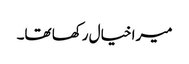
میرا خیال رکھا تھا۔